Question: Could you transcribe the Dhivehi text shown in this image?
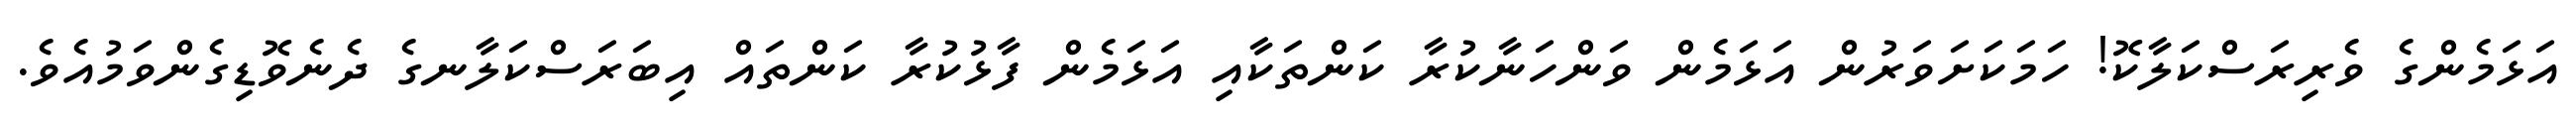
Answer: އަޅަމެންގެ ވެރިރަސްކަލާކޮ! ހަމަކަށަވަރުން އަޅަމެން ވަންހަނާކުރާ ކަންތަކާއި އަޅަމެން ފާޅުކުރާ ކަންތައް އިބަރަސްކަލާނގެ ދެނެވޮޑިގެންވަމުއެވެ.